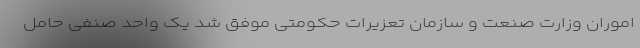
اموران وزارت صنعت و سازمان تعزیرات حکومتی موفق شد یک واحد صنفی حامل